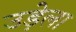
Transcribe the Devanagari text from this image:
उड़ेला